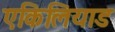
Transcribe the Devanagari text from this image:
एकिलियाड